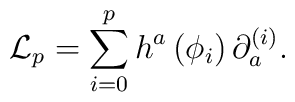
{\cal L}_p = \sum\limits^p_{i=0} h^a \left( \phi_i \right)\partial^{(i)}_a  .